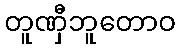
တူဏှီဘူတောဝ